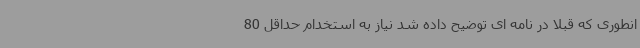
انطوری ‌که قبلا در نامه ای توضیح داده شد نیاز به استخدام حداقل 80